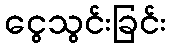
ငွေသွင်းခြင်း